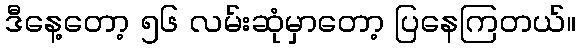
ဒီနေ့တော့ ၅၆ လမ်းဆုံမှာတော့ ပြနေကြတယ်။